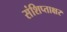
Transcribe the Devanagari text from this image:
संशिप्ताक्षर